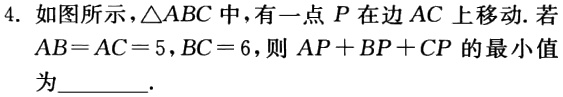
4. 如图所示，\(\triangle ABC\)中，有一点\(P\)在边\(AC\)上移动. 若\(AB = AC = 5\)，\(BC = 6\)，则\(AP + BP + CP\)的最小值为_________.